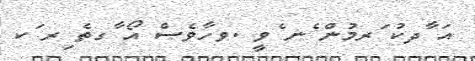
އަ ާދކު ަރމުން ެނ ެވީ .ވހާވެސް އޯ ާގތެ ިރ ަކ